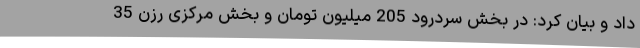
داد و بیان کرد: در بخش سردرود 205 میلیون تومان و بخش مرکزی رزن 35